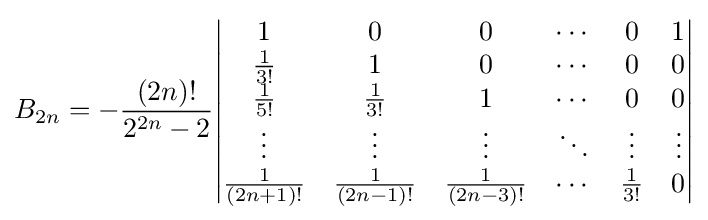
B_{2n}=-{\frac {(2n)!}{2^{2n}-2}}{\begin{vmatrix}1&0&0&\cdots &0&1\\{\frac {1}{3!}}&1&0&\cdots &0&0\\{\frac {1}{5!}}&{\frac {1}{3!}}&1&\cdots &0&0\\\vdots &\vdots &\vdots &\ddots &\vdots &\vdots \\{\frac {1}{(2n+1)!}}&{\frac {1}{(2n-1)!}}&{\frac {1}{(2n-3)!}}&\cdots &{\frac {1}{3!}}&0\end{vmatrix}}